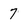
Character: 7